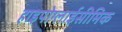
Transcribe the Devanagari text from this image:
हाइपोग्लाईसीमिक